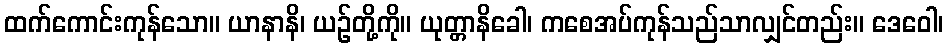
ထက်ကောင်းကုန်သော။ ယာနာနိ၊ ယဉ်တို့ကို။ ယုတ္တာနိခေါ၊ ကစေအပ်ကုန်သည်သာလျှင်တည်း။ ဒေဝေါ၊